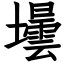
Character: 壜